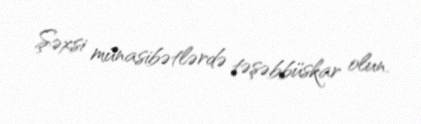
Şəxsi münasibətlərdə təşəbbüskar olun.